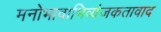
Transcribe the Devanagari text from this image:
मनोभावाभिव्यंजकतावाद